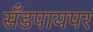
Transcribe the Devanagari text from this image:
सँडपायपर